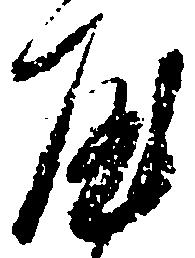
屋